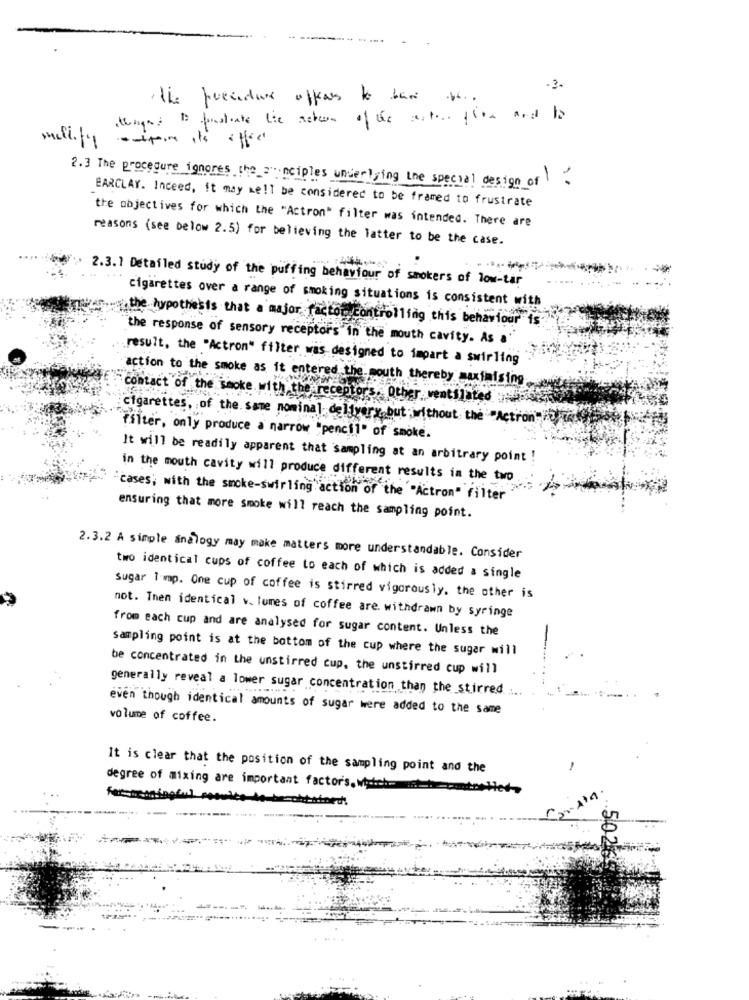
-3-
the prendere offers to basi to.
thighs Is foliate lie meteen of the arter fire and to
-- ipom its affect
2.3 The procedure ignores the anciples underlying the special design of.
BARCLAY. Inceed, it may well be considered to be framed to frustrate
the objectives for which the "Actron" filter was intended. There are
reasons (see below 2.5) for believing the latter to be the case.
2.3.1 Detailed study of the puffing behaviour of smokers of low-tar
cigarettes over a range of smoking situations is consistent with
.the hypothesis that a major factor controlling this behaviour is
the response of sensory receptors in the mouth cavity. As a
result, the "Actron" filter was designed to impart a swirling
action to the smoke as it entered the mouth thereby maximising
contact of the smoke with the receptors, Other ventilated
cigarettes, of the same nominal delivery but without the "Action To w
filter, only produce a narrow "pencil" of smoke.
It will be readily apparent that sampling at an arbitrary point !
in the mouth cavity will produce different results in the two
"cases; with the smoke-swirling"action of the "Actron" filter
ensuring that more smoke will reach the sampling point.
2.3.2 A simple analogy may make matters more understandable. Consider
two identical cups of coffee to each of which is added a single
Sugar limp. One cup of coffee is stirred vigorously, the other is
not. Then identical v. lures of coffee are. withdrawn by syringe
from each cup and are analysed for sugar content. Unless the
sampling point is at the bottom of the cup where the sugar will
be concentrated in the unstirred cup, the unstirred cup will
generally reveal a lower sugar concentration than the_stirred. ....
even though identical amounts of sugar were added to the same
volume of coffee.
It is clear that the position of the sampling point and the
-
degree of mixing are important factor's, watch-
besobtained!
5026 22